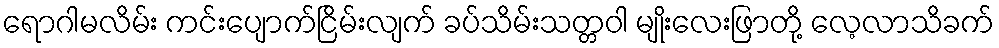
ရောဂါမလိမ်း ကင်းပျောက်ငြိမ်းလျက် ခပ်သိမ်းသတ္တဝါ မျိုးလေးဖြာတို့ လေ့လာသိခက်